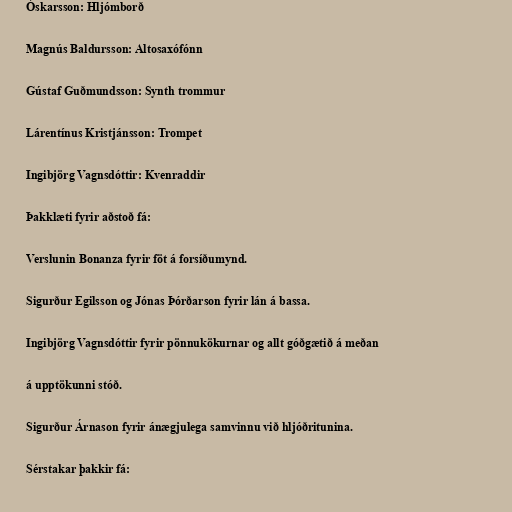
Óskarsson: Hljómborð

Magnús Baldursson: Altosaxófónn

Gústaf Guðmundsson: Synth trommur

Lárentínus Kristjánsson: Trompet

Ingibjörg Vagnsdóttir: Kvenraddir

Þakklæti fyrir aðstoð fá:

Verslunin Bonanza fyrir föt á forsíðumynd.

Sigurður Egilsson og Jónas Þórðarson fyrir lán á bassa.

Ingibjörg Vagnsdóttir fyrir pönnukökurnar og allt góðgætið á meðan

á upptökunni stóð.

Sigurður Árnason fyrir ánægjulega samvinnu við hljóðritunina.

Sérstakar þakkir fá: